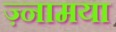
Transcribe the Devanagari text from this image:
ज़्नामया